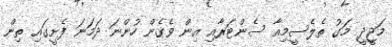
މަޖީދީ މަގު ތެލެސީމިއާ ސެންޓަރާއި އިން ވެގެން ހުންނަ ދަމަނަ ފެށީގައި ތިން